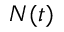
N ( t )